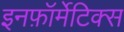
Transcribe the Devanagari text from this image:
इनफ़ॉर्मेटिक्स